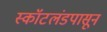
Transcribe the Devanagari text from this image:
स्कॉटलंडपासून